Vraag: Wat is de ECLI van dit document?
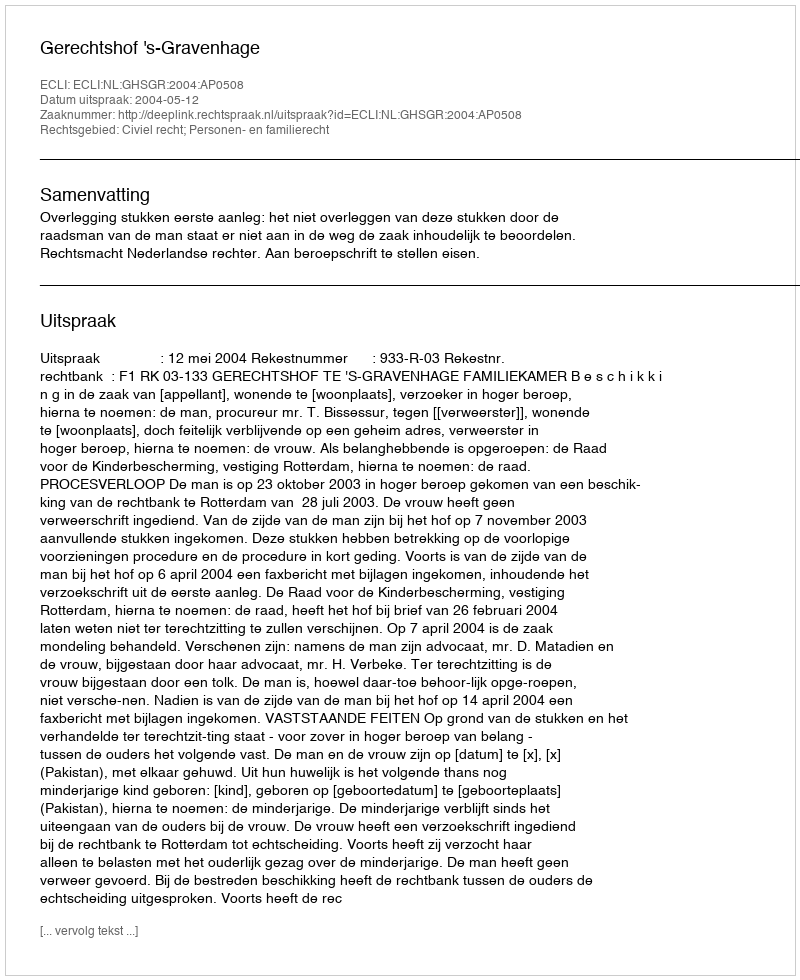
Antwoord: ECLI:NL:GHSGR:2004:AP0508